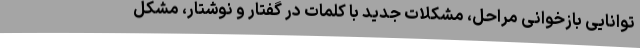
توانایی بازخوانی مراحل، مشکلات جدید با کلمات در گفتار و نوشتار، مشکل